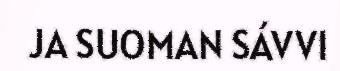
JA SUOMAN SÁVVI